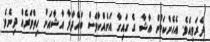
ދެރަވިއެވެ. އެހެންކަމުން އާޝާ ގެ ގައިގާ އަނެއްކާވެސް ބައްދާލާ އާޝާއަށް ހިތްވަރެއް ދިނެވެ.